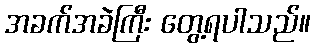
အခက်အခဲကြီး တွေ့ရပါသည်။